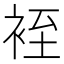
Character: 䘭